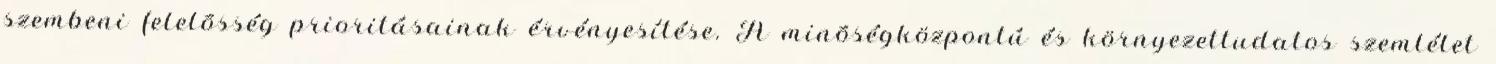
szembeni felelõsség prioritásainak érvényesítése. A minõségközpontú és környezettudatos szemlélet